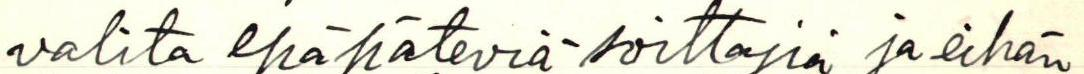
valita epäpäteviä soittajia ja eihän